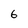
Character: 6